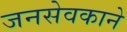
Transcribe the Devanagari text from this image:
जनसेवकाने